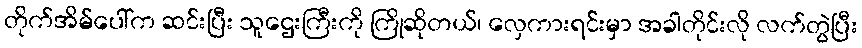
တိုက်အိမ်ပေါ်က ဆင်းပြီး သူဌေးကြီးကို ကြိုဆိုတယ်၊ လှေကားရင်းမှာ အခါတိုင်းလို လက်တွဲပြီး